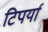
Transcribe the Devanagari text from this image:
टिपर्या